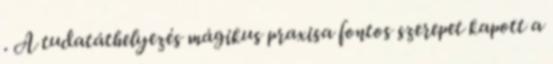
. A tudatáthelyezés mágikus praxisa fontos szerepet kapott a